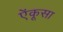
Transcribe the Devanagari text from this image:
ऐंकूसा